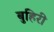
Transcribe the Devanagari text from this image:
बुहिरी